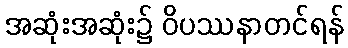
အဆုံးအဆုံး၌ ဝိပဿနာတင်ရန်